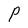
Character: P